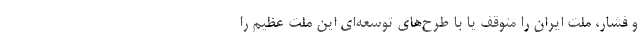
و فشار، ملت ایران را متوقف یا با طرح‌های توسعه‌ای این ملت عظیم را